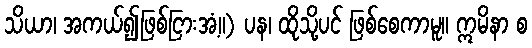
သိယာ၊ အကယ်၍ဖြစ်ငြားအံ့။) ပန၊ ထိုသို့ပင် ဖြစ်စေကာမူ။ ဣမိနာ စ